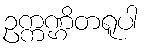
ဥက္ကဏ္ဌိတရူပါ